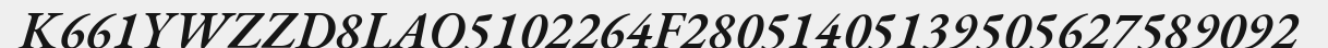
K661YWZZD8LAO5102264F28051405139505627589092